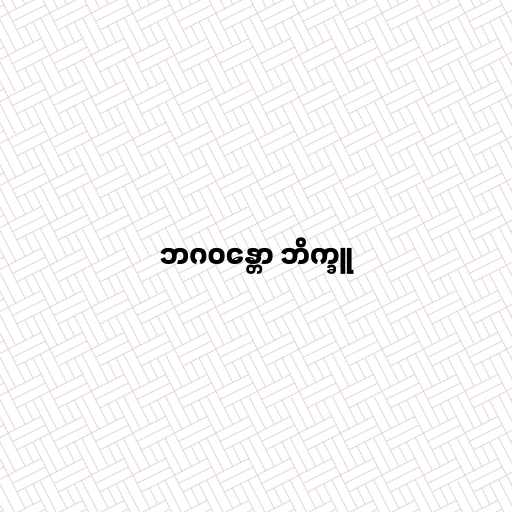
ဘဂဝန္တော ဘိက္ခူ